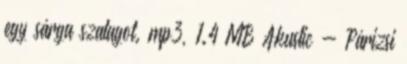
egy sárga szalagot. mp3, 1.4 MB Akustic - Párizsi